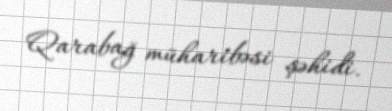
Qarabağ müharibəsi şəhidi.